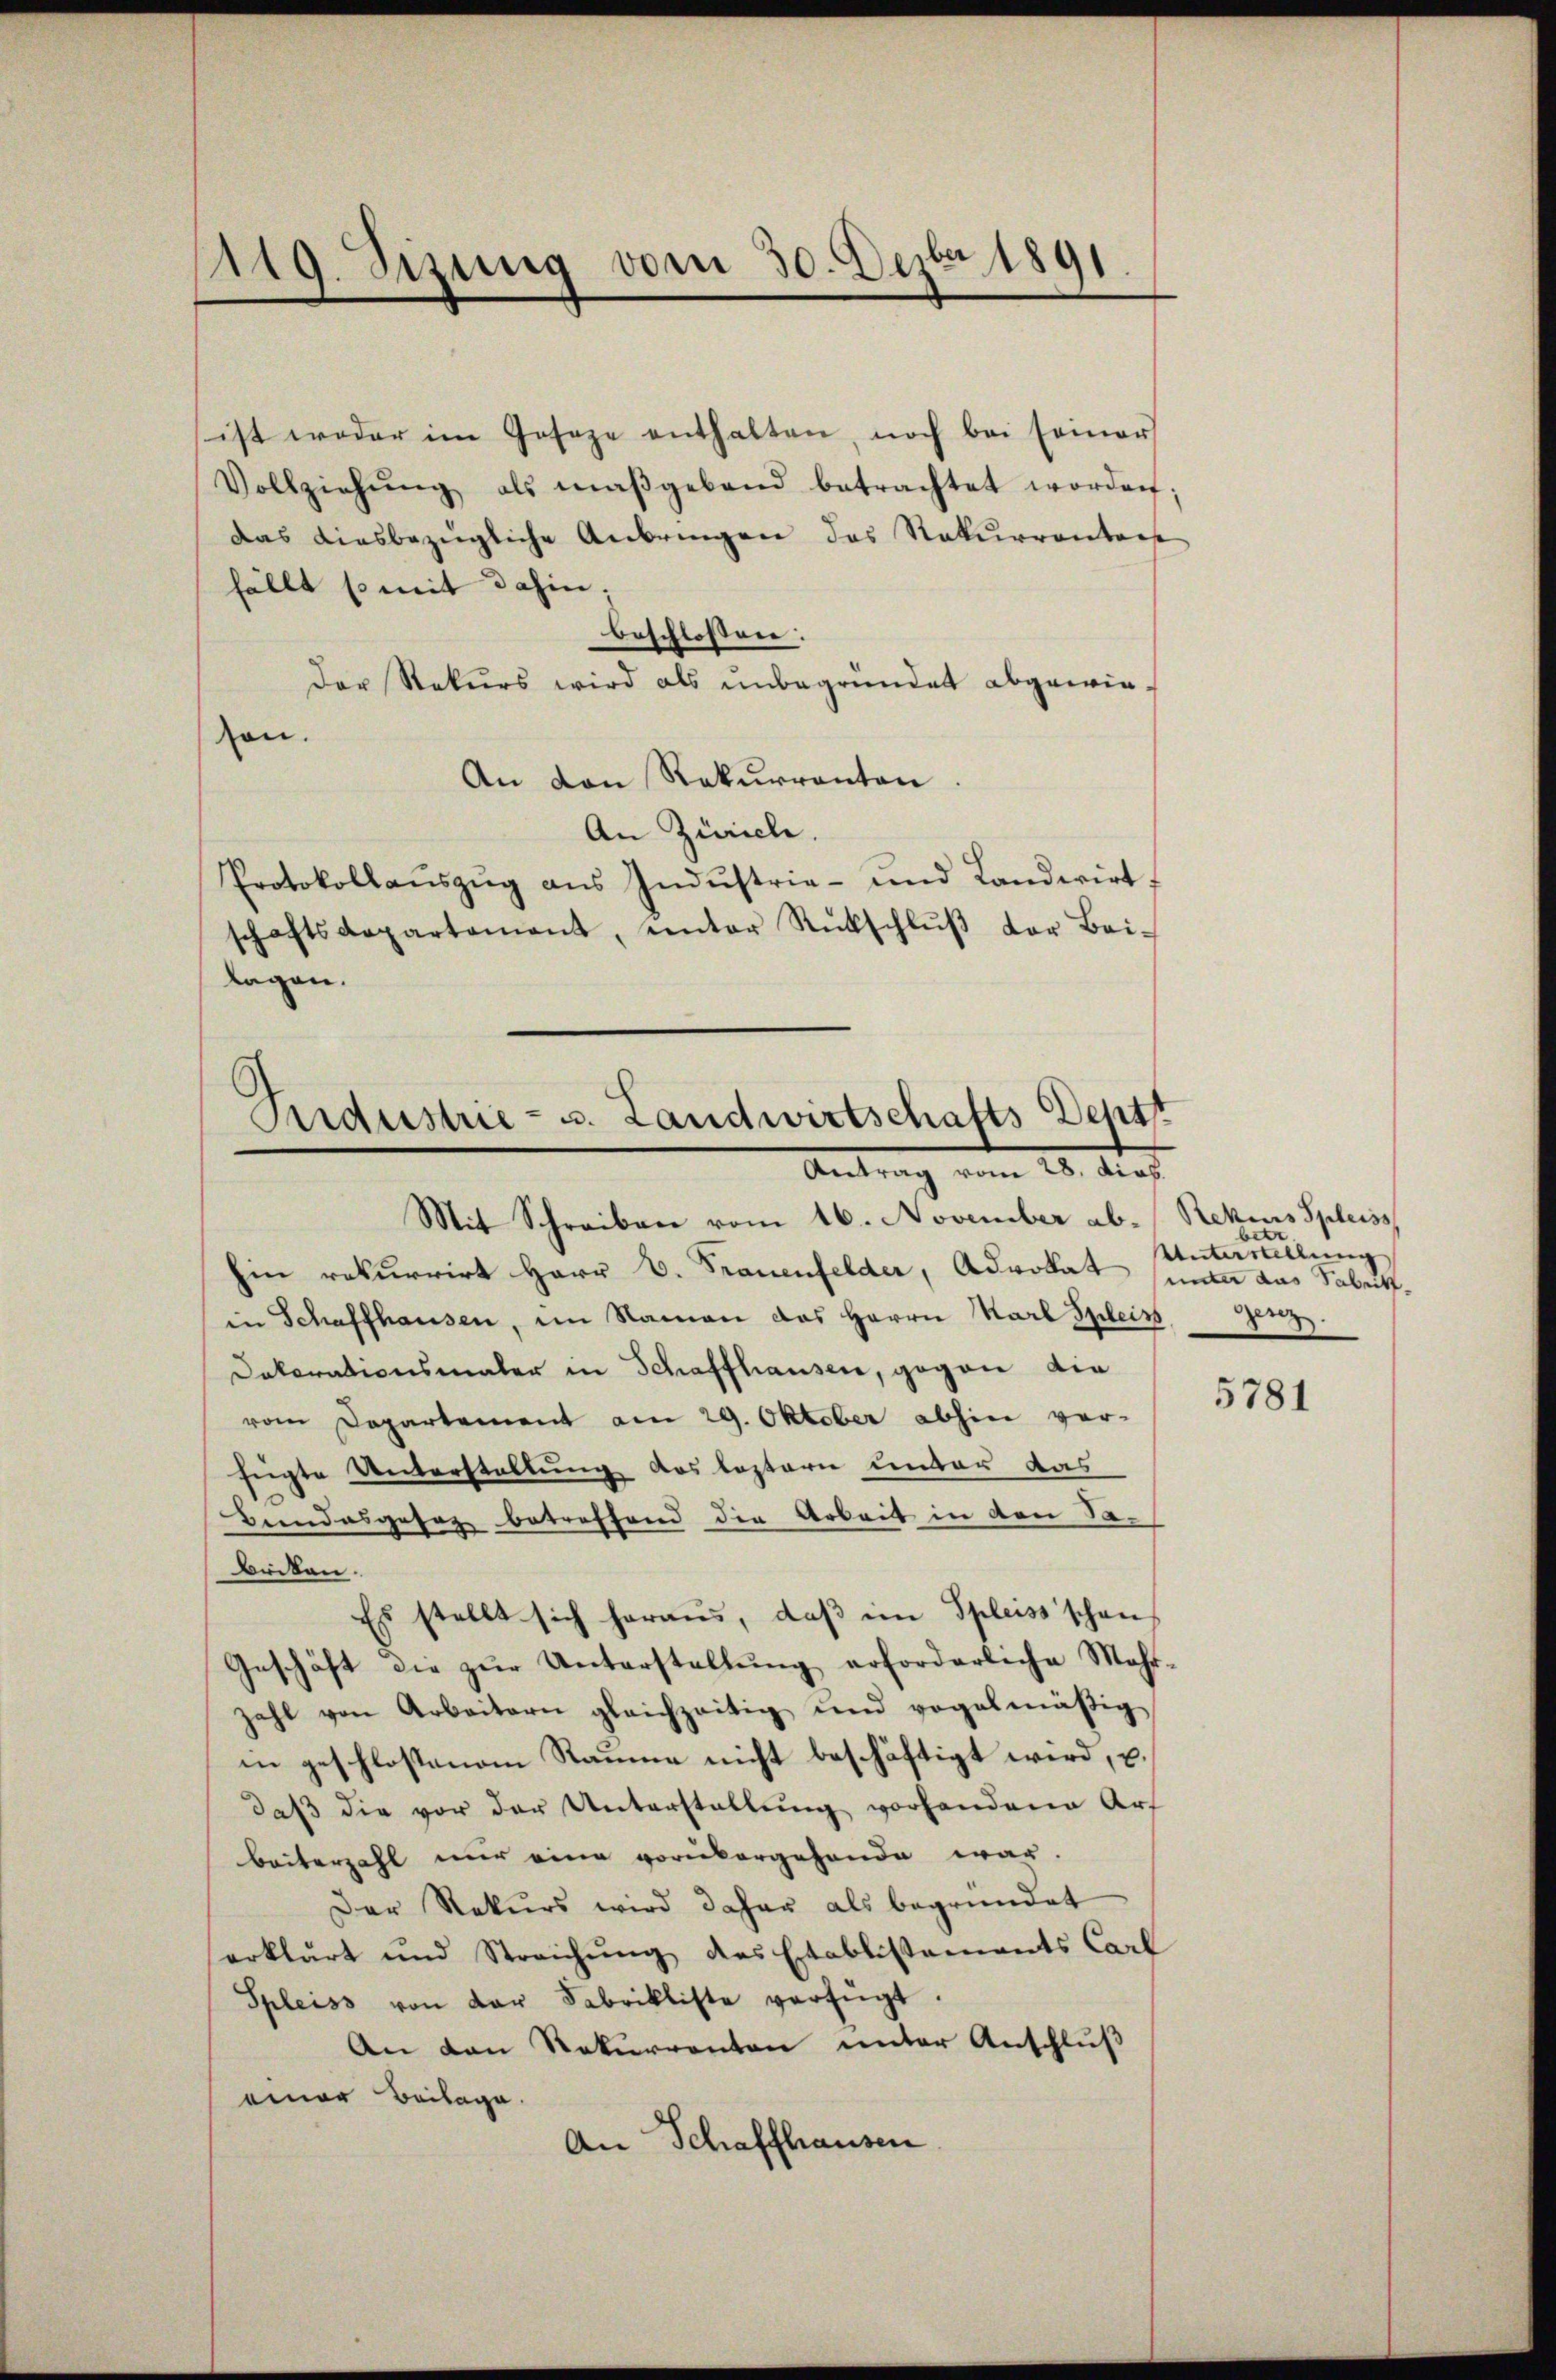
1119. Sizung vom 30. Dezbr 1891

ist weder im Geseze enthalten, noch bei seiner
Vollziehŭng als maßgebend betrachtet worden;
Das diesbezügliche Anbringen das Rekurrentage
fällt so mit dahin,
beschlossen:
Der Rekurs wird als unbegründet abgewieson.
An von Rekurrenten
An Zwische.
Protokollaŭszŭg aŭs Indŭstrie- und Landerirt.
schaftsdepartement, unter Rückschlŭβ der Bei-
lagen.

Industrie- u. Landwirtschafts Deptt
. Aa

Mit Schreiben vom 16. November ab. Rekurs Speiss
hin rekurrirt Herr V. Trauenfelder, Advokat
in Schaffhausen, im Namen das Herrn Karl Spleiss erz
Dekorationsmaler in Schaffhausen, gegen die
vom Departement am 29. Oktober abhin ver-
fügte Unterstellung des leztern unter das
Bundesgesez betreffend die Arbeit in den Sabriken.
Es stellt sich heraus, daβ im Spleiss schon
Geschäft die zŭr Unterstellŭng erforderliche Mehr-
zahl von Arbeitern gleichzeitig und vogelmäßig
in geschlossenem Raume nicht beschäftigt wird, u.
daß die vor der Unterstellung vorhandene Art
beiterzahl nur eine vorübergehende war.
Der Rekurs wird daher als begründet
erklärt und Streichŭng des Etablissements Carl
Spleiss von der Fabrikliste verfügt:
An den Rekurrenten unter Anschluß
einer Beilage.
An Schaffhausen

betr
Unterstellung
unter das Fabrik.

5781